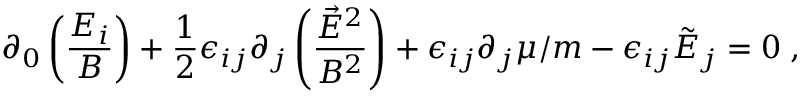
\partial _ { 0 } \left( \frac { E _ { i } } { B } \right) + \frac { 1 } { 2 } \epsilon _ { i j } \partial _ { j } \left( \frac { \vec { E } ^ { 2 } } { B ^ { 2 } } \right) + \epsilon _ { i j } \partial _ { j } \mu / m - \epsilon _ { i j } \tilde { E } _ { j } = 0 \; ,